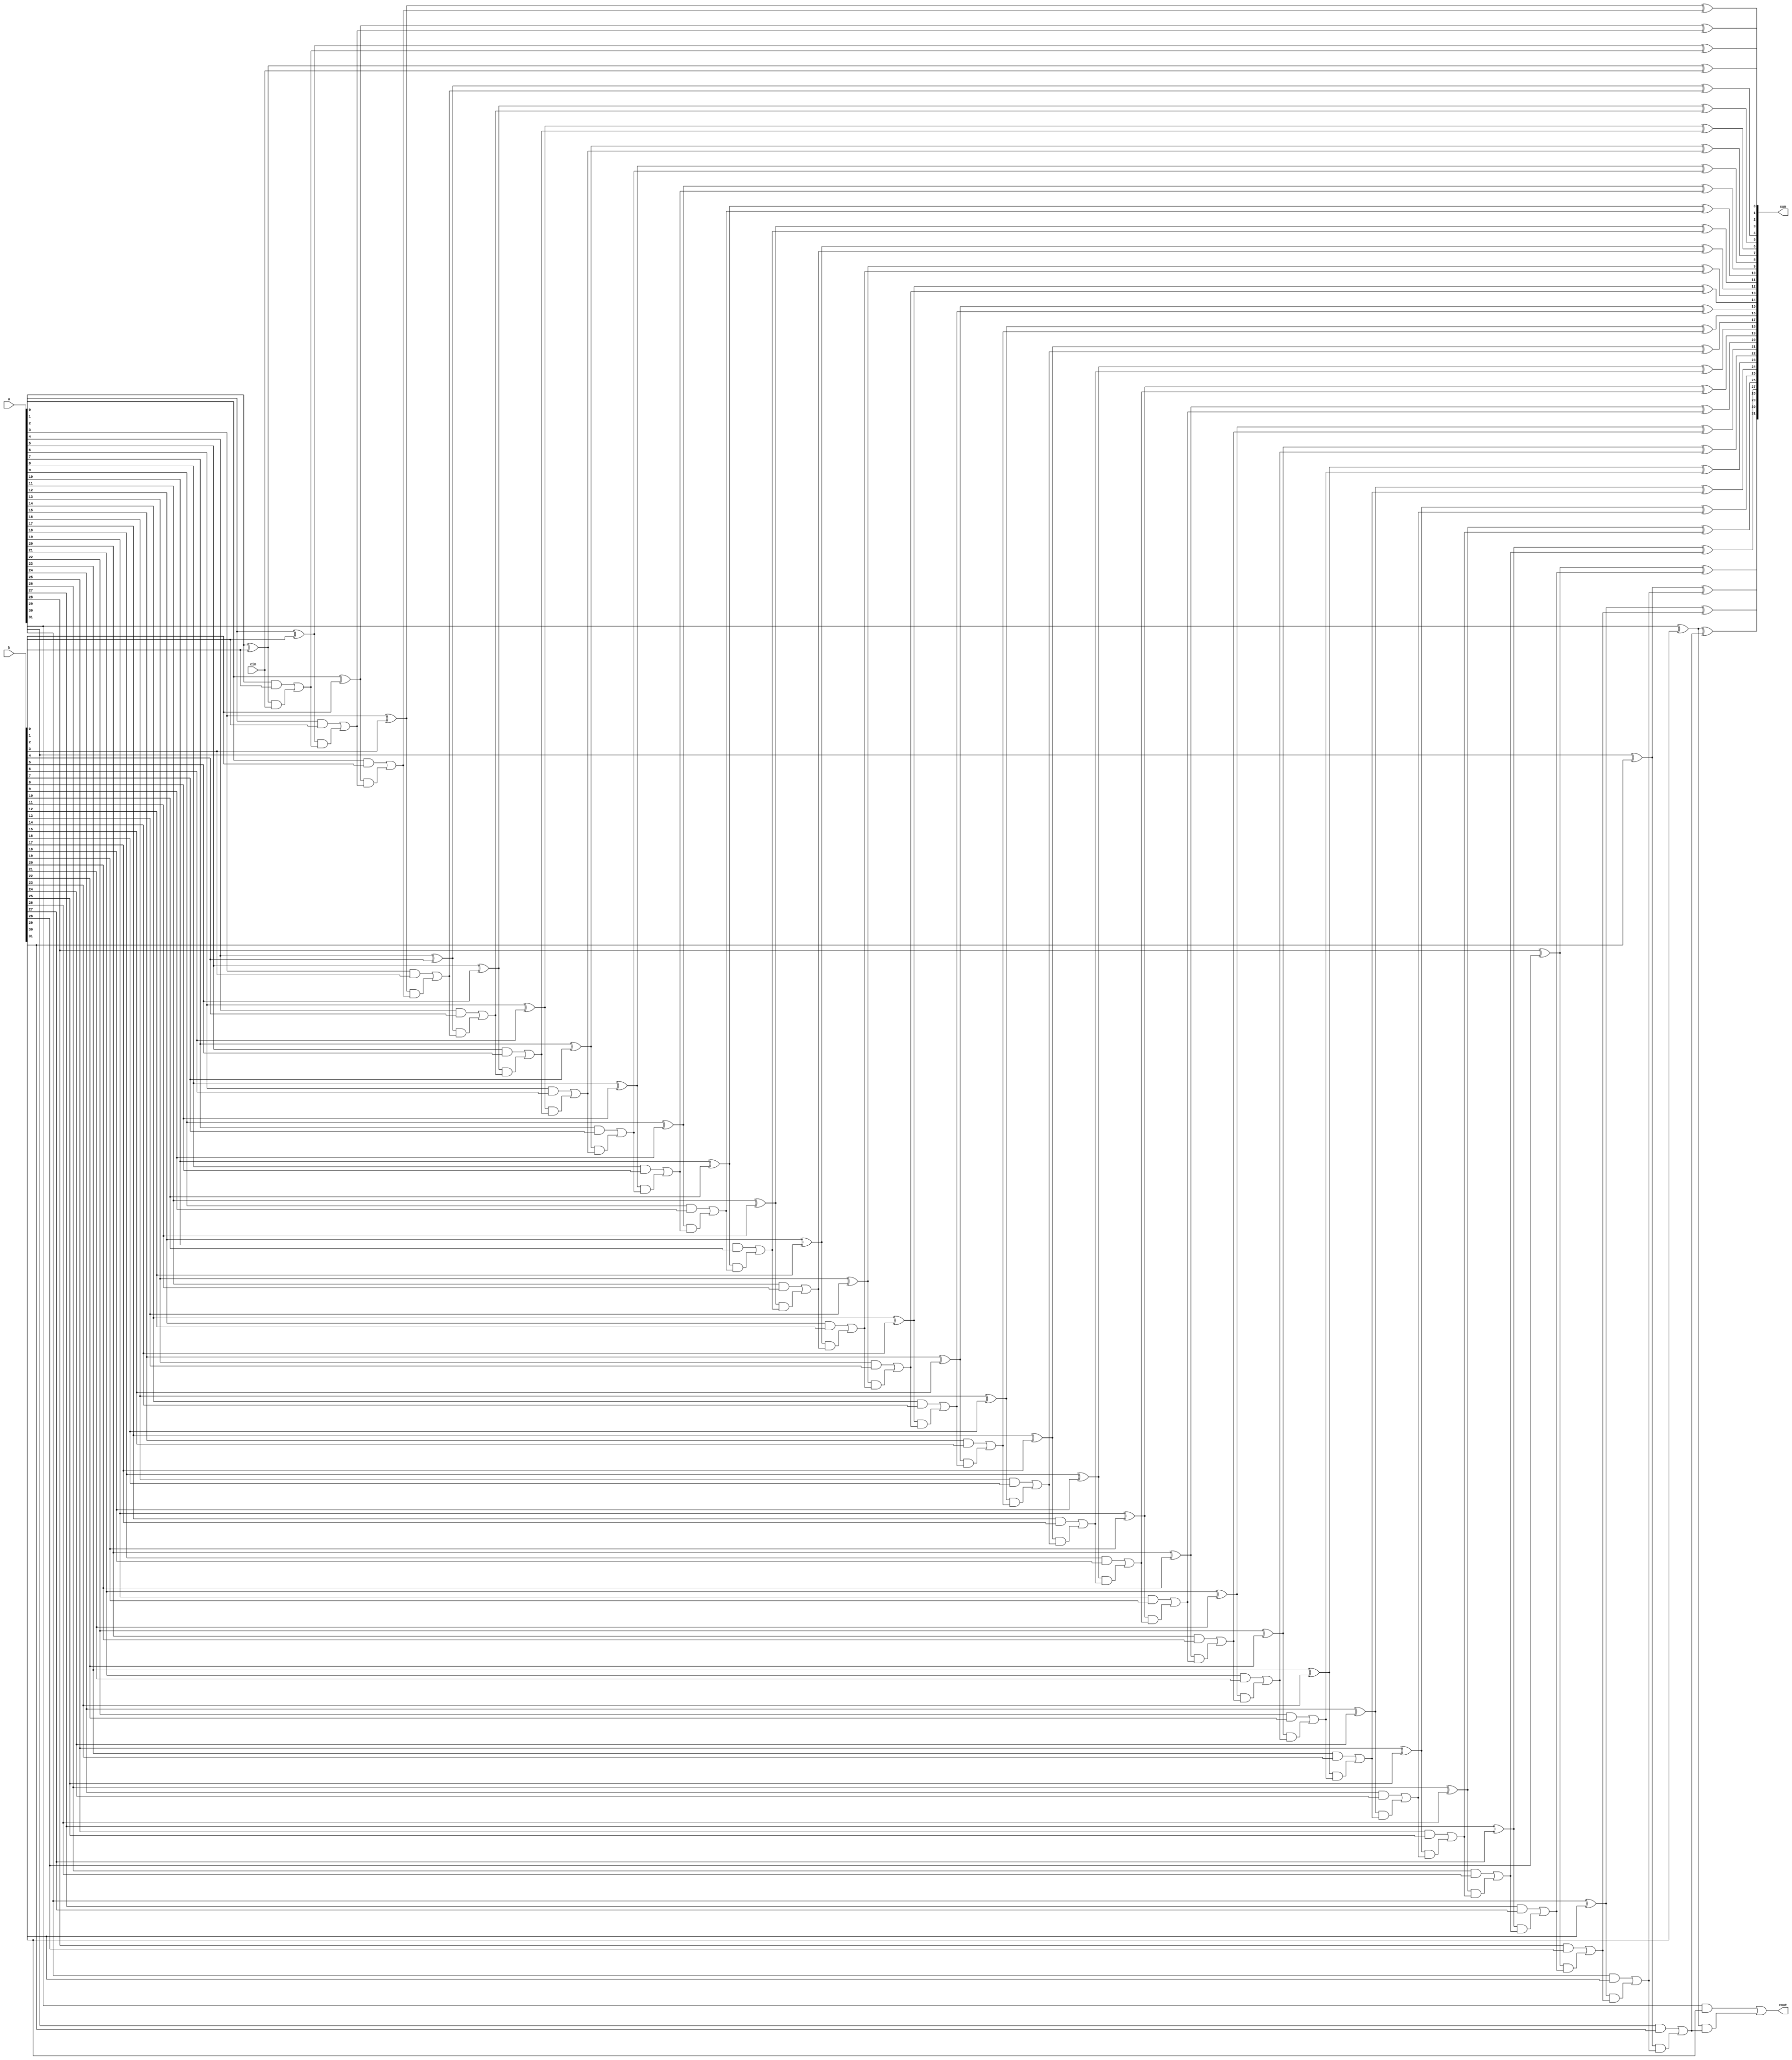
`timescale 1ns / 1ps

// Design Name: Carry look ahead adder for 32 bit inputs 
// Module Name: addition
// Project Name: 32-bit ALU


module addition(
input [31:0]a,b,
input cin,
output [31:0]sum,
output cout
);

wire G[31:0] ;  //carry generation 
wire [31:0]P,C;  // carry propagation P 

//G = A & B

assign G[0]  = a[0]  & b[0]  ;
assign G[1]  = a[1]  & b[1]  ;
assign G[2]  = a[2]  & b[2]  ;
assign G[3]  = a[3]  & b[3]  ;
assign G[4]  = a[4]  & b[4]  ;
assign G[5]  = a[5]  & b[5]  ;
assign G[6]  = a[6]  & b[6]  ;
assign G[7]  = a[7]  & b[7]  ;
assign G[8]  = a[8]  & b[8]  ;
assign G[9]  = a[9]  & b[9]  ;
assign G[10] = a[10] & b[10] ;
assign G[11] = a[11] & b[11] ;
assign G[12] = a[12] & b[12] ;
assign G[13] = a[13] & b[13] ;
assign G[14] = a[14] & b[14] ;
assign G[15] = a[15] & b[15] ;
assign G[16] = a[16] & b[16] ;
assign G[17] = a[17] & b[17] ;
assign G[18] = a[18] & b[18] ;
assign G[19] = a[19] & b[19] ;
assign G[20] = a[20] & b[20] ;
assign G[21] = a[21] & b[21] ;
assign G[22] = a[22] & b[22] ;
assign G[23] = a[23] & b[23] ;
assign G[24] = a[24] & b[24] ;
assign G[25] = a[25] & b[25] ;
assign G[26] = a[26] & b[26] ;
assign G[27] = a[27] & b[27] ;
assign G[28] = a[28] & b[28] ;
assign G[29] = a[29] & b[29] ;
assign G[30] = a[30] & b[30] ;
assign G[31] = a[31] & b[31] ;

//Propagate signal P = A^B


assign P[0]  = a[0]  ^ b[0]  ;
assign P[1]  = a[1]  ^ b[1]  ;
assign P[2]  = a[2]  ^ b[2]  ;
assign P[3]  = a[3]  ^ b[3]  ;
assign P[4]  = a[4]  ^ b[4]  ;
assign P[5]  = a[5]  ^ b[5]  ;
assign P[6]  = a[6]  ^ b[6]  ;
assign P[7]  = a[7]  ^ b[7]  ;
assign P[8]  = a[8]  ^ b[8]  ;
assign P[9]  = a[9]  ^ b[9]  ;
assign P[10] = a[10] ^ b[10] ;
assign P[11] = a[11] ^ b[11] ;
assign P[12] = a[12] ^ b[12] ;
assign P[13] = a[13] ^ b[13] ;
assign P[14] = a[14] ^ b[14] ;
assign P[15] = a[15] ^ b[15] ;
assign P[16] = a[16] ^ b[16] ;
assign P[17] = a[17] ^ b[17] ;
assign P[18] = a[18] ^ b[18] ;
assign P[19] = a[19] ^ b[19] ;
assign P[20] = a[20] ^ b[20] ;
assign P[21] = a[21] ^ b[21] ;
assign P[22] = a[22] ^ b[22] ;
assign P[23] = a[23] ^ b[23] ;
assign P[24] = a[24] ^ b[24] ;
assign P[25] = a[25] ^ b[25] ;
assign P[26] = a[26] ^ b[26] ;
assign P[27] = a[27] ^ b[27] ;
assign P[28] = a[28] ^ b[28] ;
assign P[29] = a[29] ^ b[29] ;
assign P[30] = a[30] ^ b[30] ;
assign P[31] = a[31] ^ b[31] ;

// Carry Signals C = Gn + PnC(n-1)
                        
assign C[0]  = G[0]  |(P[0]  & cin   )  ;
assign C[1]  = G[1]  |(P[1]  & C[0]  )  ;
assign C[2]  = G[2]  |(P[2]  & C[1]  )  ;
assign C[3]  = G[3]  |(P[3]  & C[2]  )  ;
assign C[4]  = G[4]  |(P[4]  & C[3]  )  ;
assign C[5]  = G[5]  |(P[5]  & C[4]  )  ;
assign C[6]  = G[6]  |(P[6]  & C[5]  )  ;
assign C[7]  = G[7]  |(P[7]  & C[6]  )  ;
assign C[8]  = G[8]  |(P[8]  & C[7]  )  ;
assign C[9]  = G[9]  |(P[9]  & C[8]  )  ;
assign C[10] = G[10] |(P[10] & C[9]  )  ;
assign C[11] = G[11] |(P[11] & C[10] )  ;
assign C[12] = G[12] |(P[12] & C[11] )  ;
assign C[13] = G[13] |(P[13] & C[12] )  ;
assign C[14] = G[14] |(P[14] & C[13] )  ;
assign C[15] = G[15] |(P[15] & C[14] )  ;
assign C[16] = G[16] |(P[16] & C[15] )  ;
assign C[17] = G[17] |(P[17] & C[16] )  ;
assign C[18] = G[18] |(P[18] & C[17] )  ;
assign C[19] = G[19] |(P[19] & C[18] )  ;
assign C[20] = G[20] |(P[20] & C[19] )  ;
assign C[21] = G[21] |(P[21] & C[20] )  ;
assign C[22] = G[22] |(P[22] & C[21] )  ;
assign C[23] = G[23] |(P[23] & C[22] )  ;
assign C[24] = G[24] |(P[24] & C[23] )  ;
assign C[25] = G[25] |(P[25] & C[24] )  ;
assign C[26] = G[26] |(P[26] & C[25] )  ;
assign C[27] = G[27] |(P[27] & C[26] )  ;
assign C[28] = G[28] |(P[28] & C[27] )  ;
assign C[29] = G[29] |(P[29] & C[28] )  ;
assign C[30] = G[30] |(P[30] & C[29] )  ;
assign C[31] = G[31] |(P[31] & C[30] )  ;

//carry out 
assign cout = C[31] ;

//sum  Calculation 

assign sum[0] = a[0] ^ b[0] ^ cin;
assign sum[1]  = a[1]  ^ b[1]  ^ C[0] ;
assign sum[2]  = a[2]  ^ b[2]  ^ C[1] ;
assign sum[3]  = a[3]  ^ b[3]  ^ C[2] ;
assign sum[4]  = a[4]  ^ b[4]  ^ C[3] ;
assign sum[5]  = a[5]  ^ b[5]  ^ C[4] ;
assign sum[6]  = a[6]  ^ b[6]  ^ C[5] ;
assign sum[7]  = a[7]  ^ b[7]  ^ C[6] ;
assign sum[8]  = a[8]  ^ b[8]  ^ C[7] ;
assign sum[9]  = a[9]  ^ b[9]  ^ C[8] ;
assign sum[10] = a[10] ^ b[10] ^ C[9] ;
assign sum[11] = a[11] ^ b[11] ^ C[10];
assign sum[12] = a[12] ^ b[12] ^ C[11];
assign sum[13] = a[13] ^ b[13] ^ C[12];
assign sum[14] = a[14] ^ b[14] ^ C[13];
assign sum[15] = a[15] ^ b[15] ^ C[14];
assign sum[16] = a[16] ^ b[16] ^ C[15];
assign sum[17] = a[17] ^ b[17] ^ C[16];
assign sum[18] = a[18] ^ b[18] ^ C[17];
assign sum[19] = a[19] ^ b[19] ^ C[18];
assign sum[20] = a[20] ^ b[20] ^ C[19];
assign sum[21] = a[21] ^ b[21] ^ C[20];
assign sum[22] = a[22] ^ b[22] ^ C[21];
assign sum[23] = a[23] ^ b[23] ^ C[22];
assign sum[24] = a[24] ^ b[24] ^ C[23];
assign sum[25] = a[25] ^ b[25] ^ C[24];
assign sum[26] = a[26] ^ b[26] ^ C[25];
assign sum[27] = a[27] ^ b[27] ^ C[26];
assign sum[28] = a[28] ^ b[28] ^ C[27];
assign sum[29] = a[29] ^ b[29] ^ C[28];
assign sum[30] = a[30] ^ b[30] ^ C[29];
assign sum[31] = a[31] ^ b[31] ^ C[30];
                                 
endmodule